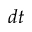
d t